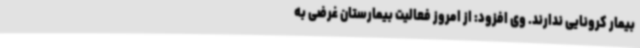
بیمار کرونایی ندارند. وی افزود: از امروز فعالیت بیمارستان غرضی به